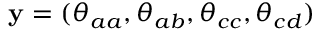
\mathbf { y } = ( \theta _ { a a } , \theta _ { a b } , \theta _ { c c } , \theta _ { c d } )